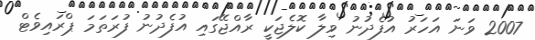
2007 ވަނަ އަހަރު އުފެދުނު ވިލާ ކޮލެޖަކީ ރާއްޖޭގައި އުފެދުނު ފުރަތަމަ ޕްރައިވެޓް